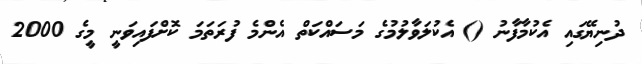
ދުނިޔޭގައި އެކުމާފާނު () އެކުލަވާލުމުގެ މަސައްކަތް އެންމެ ފުރަތަމަ ކޮށްފައިވަނީ މީގެ 2000